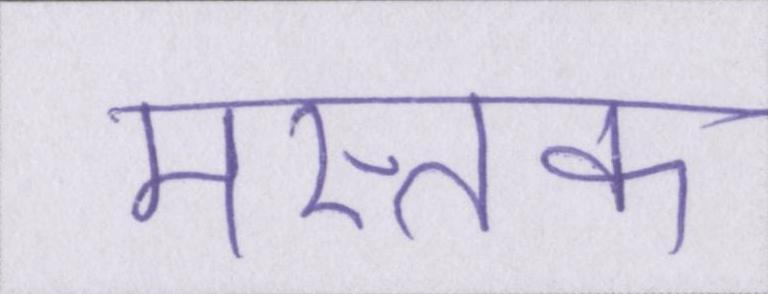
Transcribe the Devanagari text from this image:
मस्तक